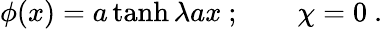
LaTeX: \phi(x)=a\operatorname{tanh}\lambda ax~;\qquad\chi=0~.